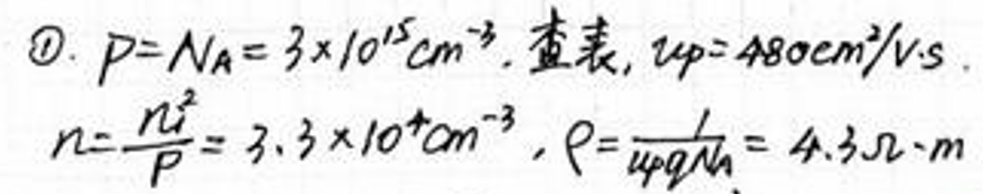
$\textcircled{1}. p = N_A=3\times10^{15}\text{cm}^{-3}. $查表$, \mu_p = 480\text{cm}^2/\text{V}\cdot\text{s}.$
$n=\frac{n_i^2}{p}=3.3\times10^{4}\text{cm}^{-3}, \rho=\frac{1}{\mu_p q N_A}=4.3\Omega\cdot\text{m}$